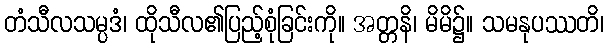
တံသီလသမ္ပဒံ၊ ထိုသီလ၏ပြည့်စုံခြင်းကို။ အတ္တနိ၊ မိမိ၌။ သမနုပဿတိ၊